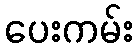
ပေးကမ်း